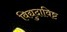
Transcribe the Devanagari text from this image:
विद्युदाविष्ट